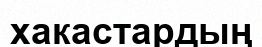
хакастардың